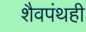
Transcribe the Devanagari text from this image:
शैवपंथही